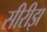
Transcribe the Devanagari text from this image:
सीरीझ